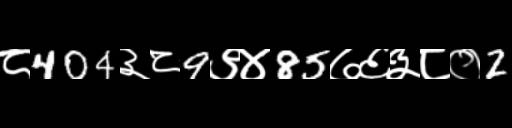
Text: ८404३८9९४85७६३८०2